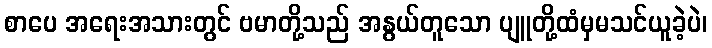
စာပေ အရေးအသားတွင် ဗမာတို့သည် အနွယ်တူသော ပျူတို့ထံမှမသင်ယူခဲ့ပဲ၊